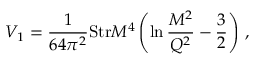
V _ { 1 } = { \frac { 1 } { 6 4 \pi ^ { 2 } } } \mathrm { S t r } { \cal M } ^ { 4 } \left( \ln { \frac { { \cal M } ^ { 2 } } { Q ^ { 2 } } } - { \frac { 3 } { 2 } } \right) \, ,